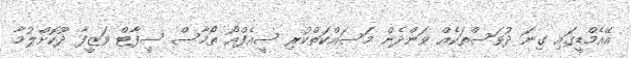
އޭއެމްޑީގައި ގިނަ ދުވަސްތަކެއް ވަންދެން މަސައްކަތްކުރި ސީއެފްއޯ ތޯމާސް ސީފާޓް ވަޒީފާ ދޫކޮށްލުމާ